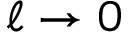
\ell \to 0